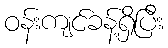
ဝန်းကျင်ခန့်ရှိပြီး